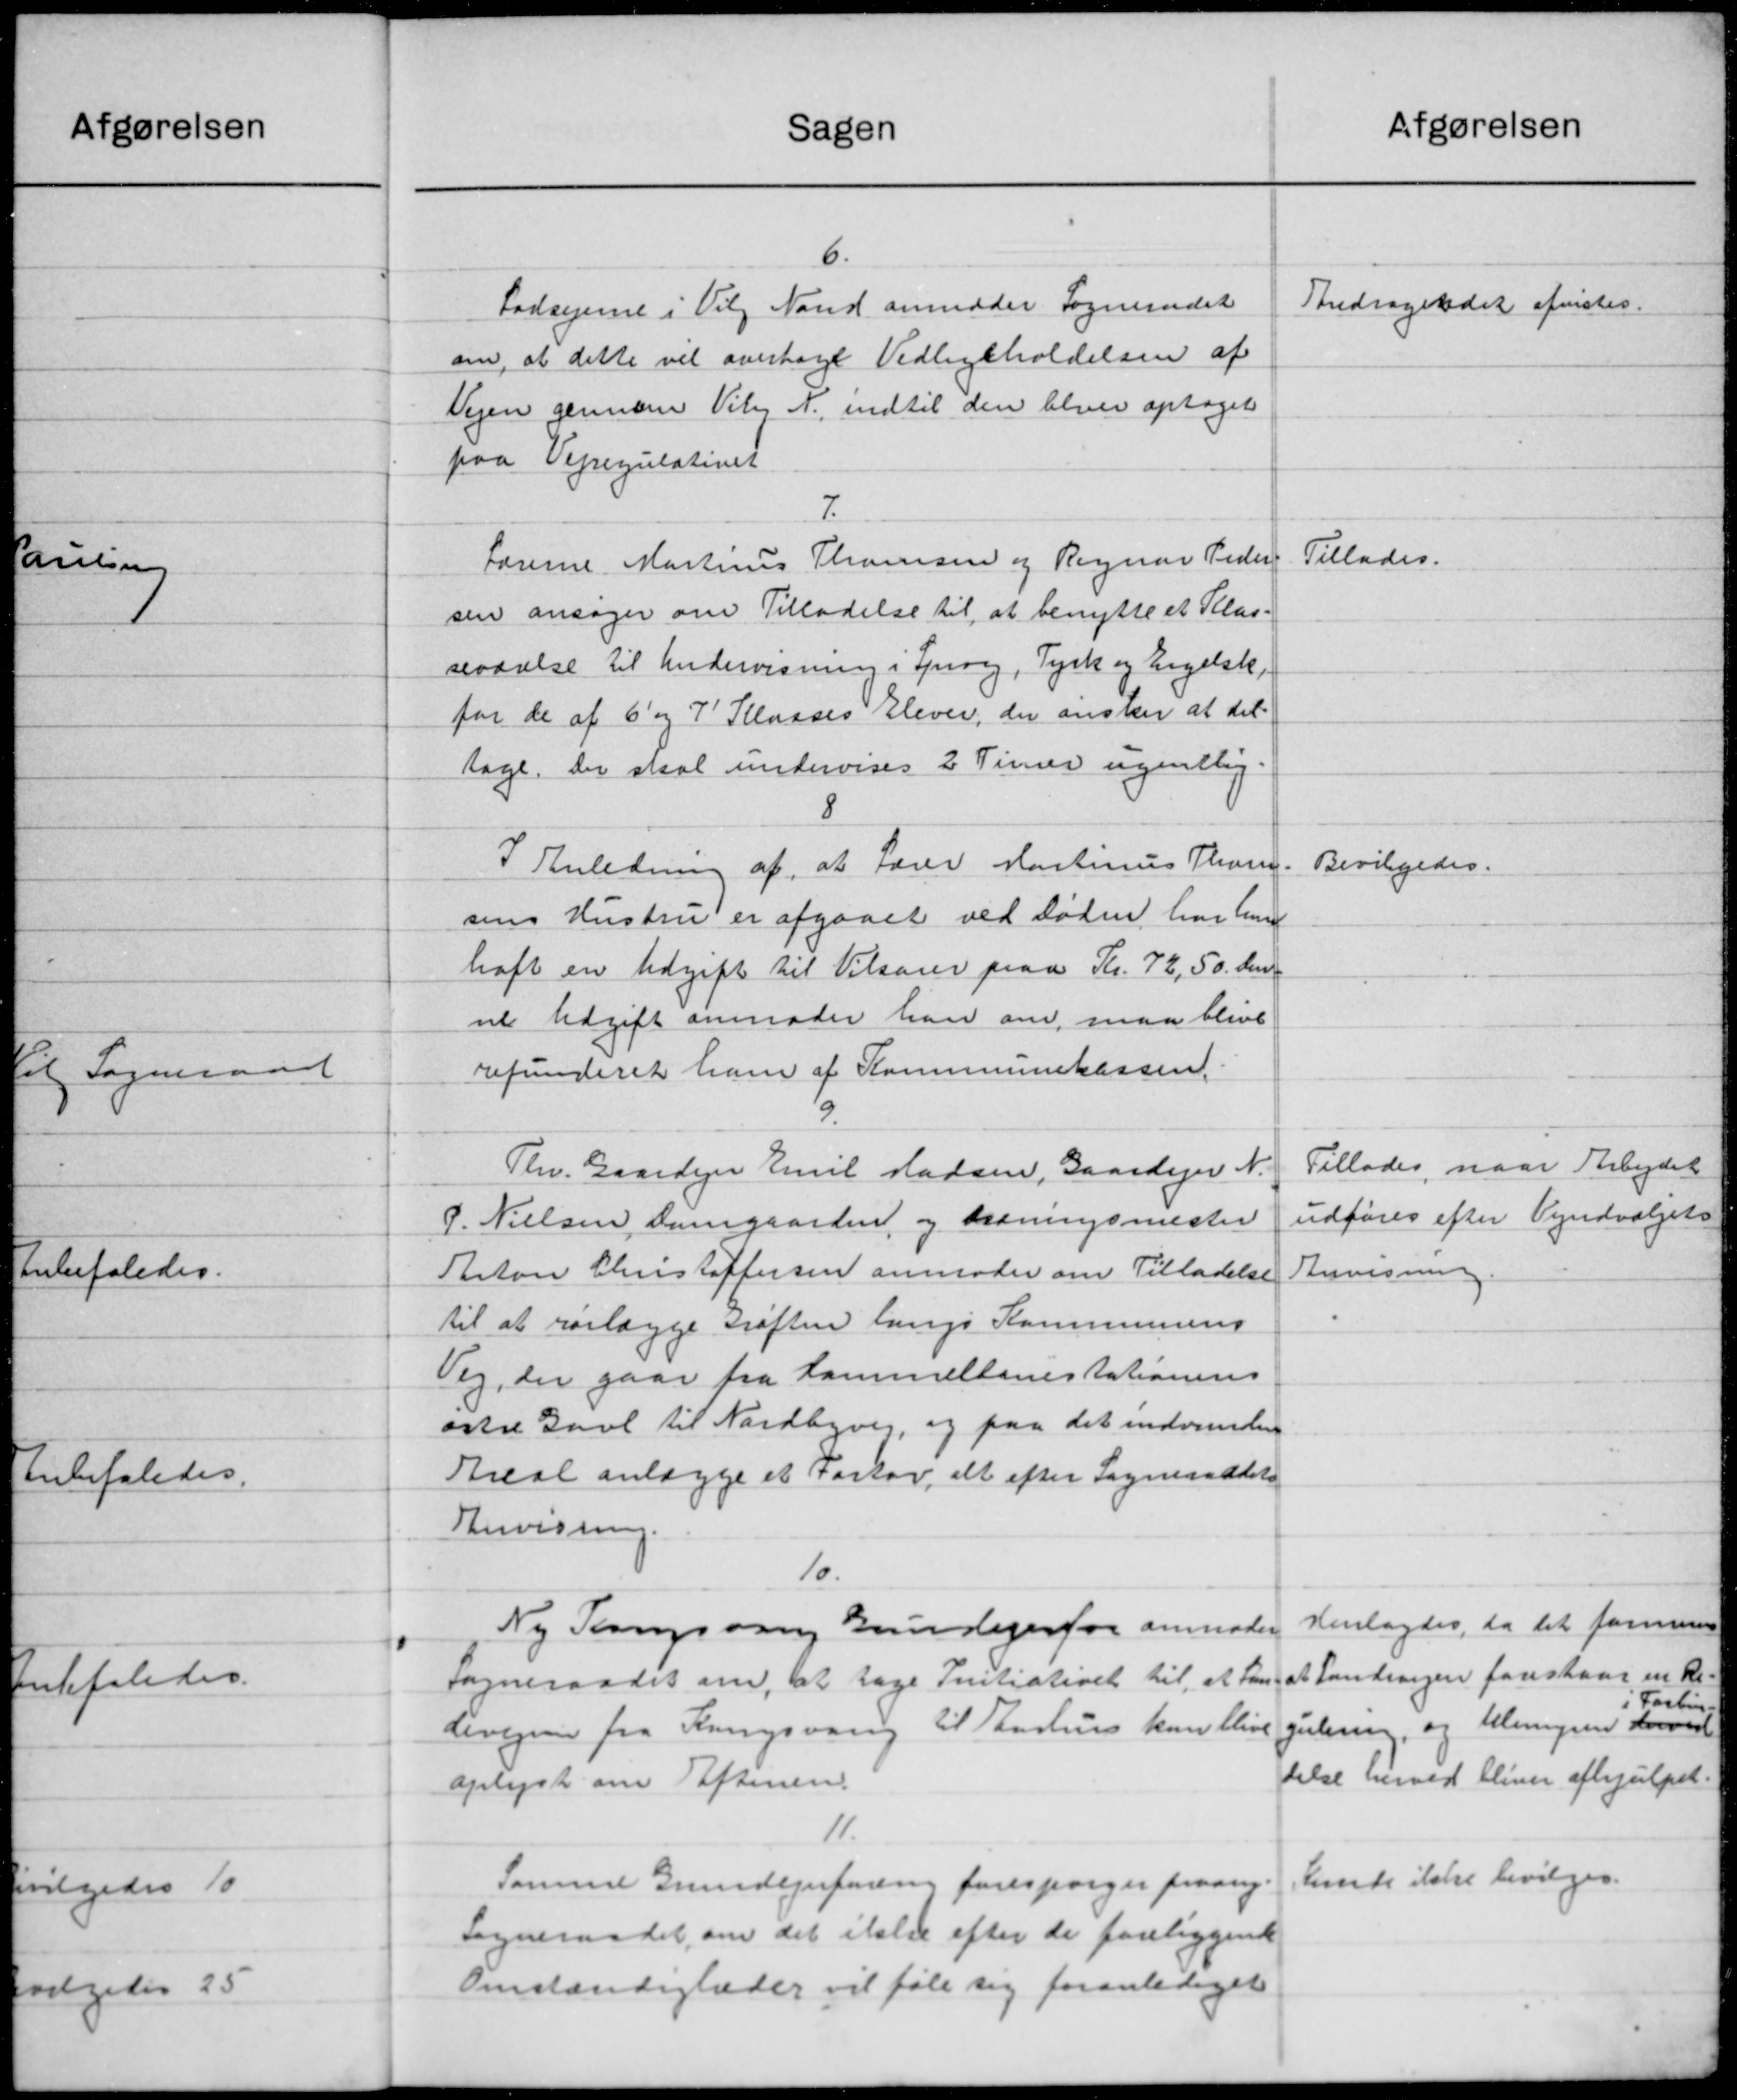
Transskription:
Sagen
6.
Lodsejerne i Vilg Nand anmoder Sogneraadet
om, at dette vil overtage Vedligeholdelsen af
Vejen gennem Viby N., indtil den bliver optaget
paa Vejregulativet
7.
Lærerne Martinus Thomsen og Regnar Peder
sen ansøger om Tilladelse til at benytte et Klas-
seværelse til Undervisning i Sprog, Tysk og Engelsk,
for de af 6' og 7' Klasses Elever, der ønsker at det
tage, der skal undervises 2 Timer ugentlig.
8
I Anledning af, at Lærer Martinus Thom
sens Hustru er afgaaet ved Døden har hun
haft en Udgift til Vilsoner paa Kr. 72, 50. den
ve Udgift anmoder han om, maa blive
refunderet ham af Kommunekassen.
9.
Thv. Gaardejer Emil Madsen, Gaardejer N.
P. Nielsen Damgaarden og Ordningsmester
Anton Christoffersen anmoder om Tilladelse
til at rørlægge Grøften langs Kommunens
Veg, der gaar fra Kammellanestationens
østre Gavl til Nordbyvej, og paa det indvunden
Areal anlægge et Fortov, alt efter Sogneraadets
Anvisning.
10.
Ny Tangsaa kundejerfor anmoder
Sogneraadet om, at tage Initiativet til at han
bivejen fra Krigsvang til Aarhus kun blive
oplyst om Eftersen.
11.
Samme Grundejerforring forespørger paany
Sogneraadet, om det ikke efter de foreliggende
Omstændiglæder vil føle sig foranlediget